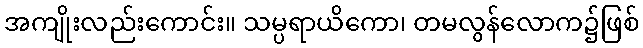
အကျိုးလည်းကောင်း။ သမ္ပရာယိကော၊ တမလွန်လောက၌ဖြစ်